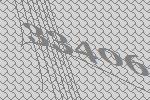
33406